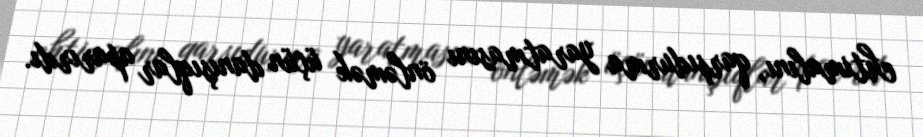
ehtimalını, qarşıdurma yaratmasını önləmək üçün danışıqlar aparırdı.